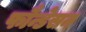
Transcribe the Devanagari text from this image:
फौन्डेसन